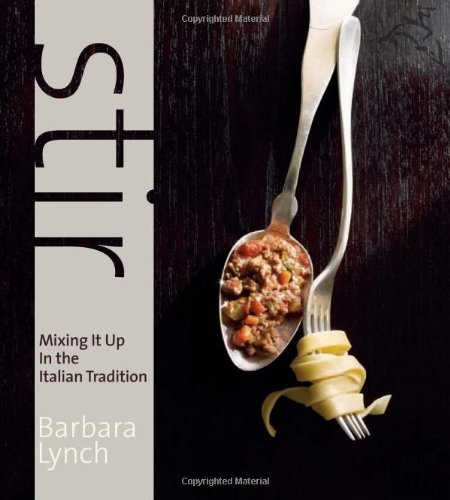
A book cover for Stir: Mixing It Up in the Italian Tradition; Barbara Lynch; Cookbooks, Food & Wine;